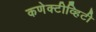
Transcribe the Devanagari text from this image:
कणेक्टीव्हिटी